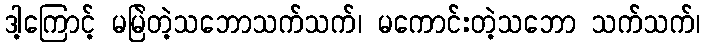
ဒါ့ကြောင့် မမြဲတဲ့သဘောသက်သက်၊ မကောင်းတဲ့သဘော သက်သက်၊